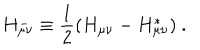
H _ { \mu \nu } ^ { - } \equiv { \frac { 1 } { 2 } } ( H _ { \mu \nu } - H _ { \mu \nu } ^ { * } ) \ .